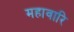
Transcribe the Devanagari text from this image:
महावारि